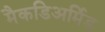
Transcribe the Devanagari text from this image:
मैकडिअर्मिड